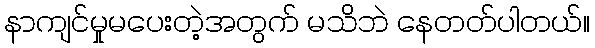
နာကျင်မှုမပေးတဲ့အတွက် မသိဘဲ နေတတ်ပါတယ်။